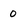
Character: 0